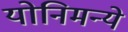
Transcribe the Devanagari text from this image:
योनिमन्ये